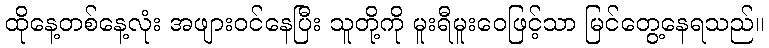
ထိုနေ့တစ်နေ့လုံး အဖျားဝင်နေပြီး သူတို့ကို မူးရီမူးဝေဖြင့်သာ မြင်တွေ့နေရသည်။